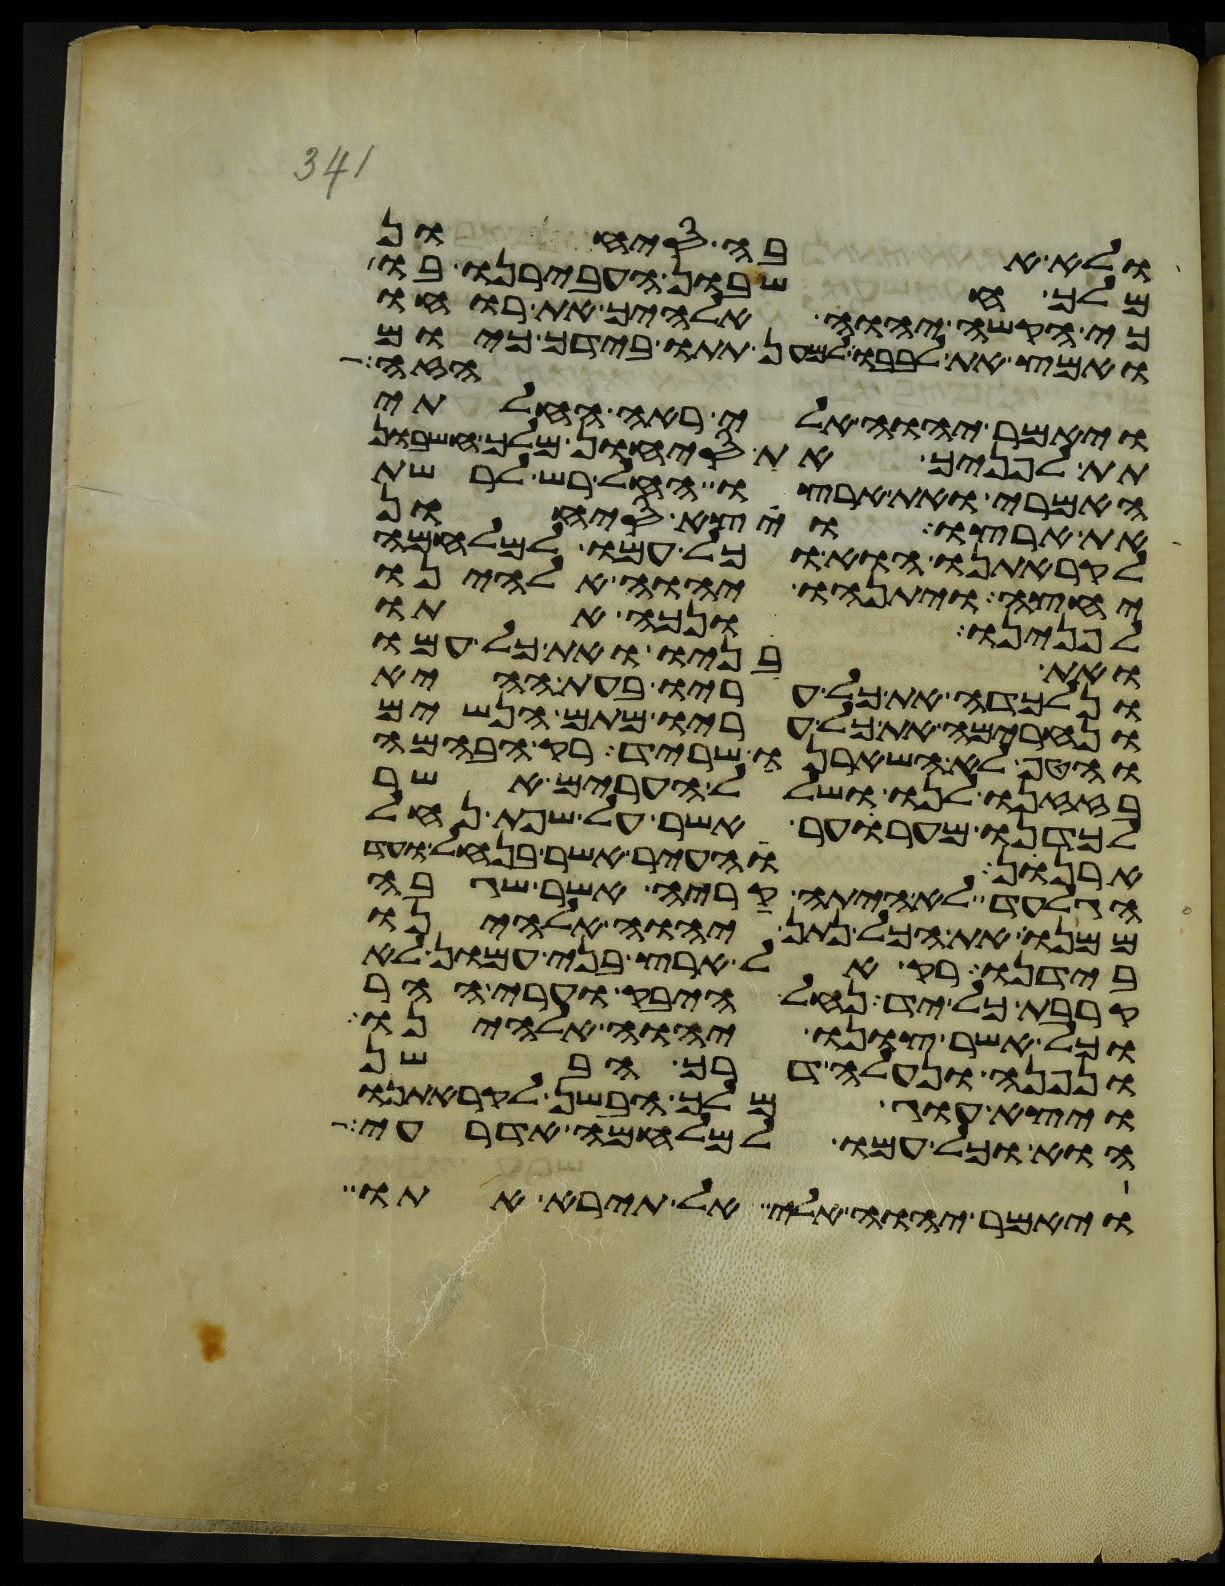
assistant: ולא אבה סיחון
מלך חשבון העבירנו בו
כי הקשה יהוה אלהיך את רוחו
ואמץ את לבבו למען תתו בידך כיום
הזה
ויאמר יהוה אלי ראה החלתי
תת לפניך את סיחון מלך חשבון
האמרי ואת ארצו החל רש לרשת
את ארצו ויצא סיחון
לקראתנו הוא וכל עמו למלחמה
יחצה ויתנהו יהוה אלהינו
לפנינו ונכה אתו
ואת בניו ואת כל עמו
ונלכדה את כל עריו בעת ההיא
ונחרימה את כל עריו מתם הנשים
והטף לא השאירנו שריד רק הבהמה
בזזנו לנו ושלל הערים אשר
לכדנו מערער אשר על שפת נחל
ארנן והעיר אשר בנחל ועד
הגלעד לא היתה קריה אשר שגבה
ממנו את הכל נתן יהוה אלהינו
בידנו רק אל ארץ בני עמון לא
קרבת כל יד נחל היבק וערי ההר
וכל אשר צונו יהוה אלהינו
ונפנה ונעלה דרך הבשן
ויצא עוג מלך הבשן לקראתנו
הוא וכל עמו למלחמה אדרעי
ויאמר יהוה אלי אל תירא אתו